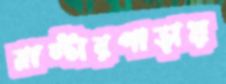
মাস্টারপাড়ায়